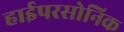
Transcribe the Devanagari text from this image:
हाईपरसोनिक